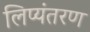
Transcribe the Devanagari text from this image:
लिप्‍यंतरण